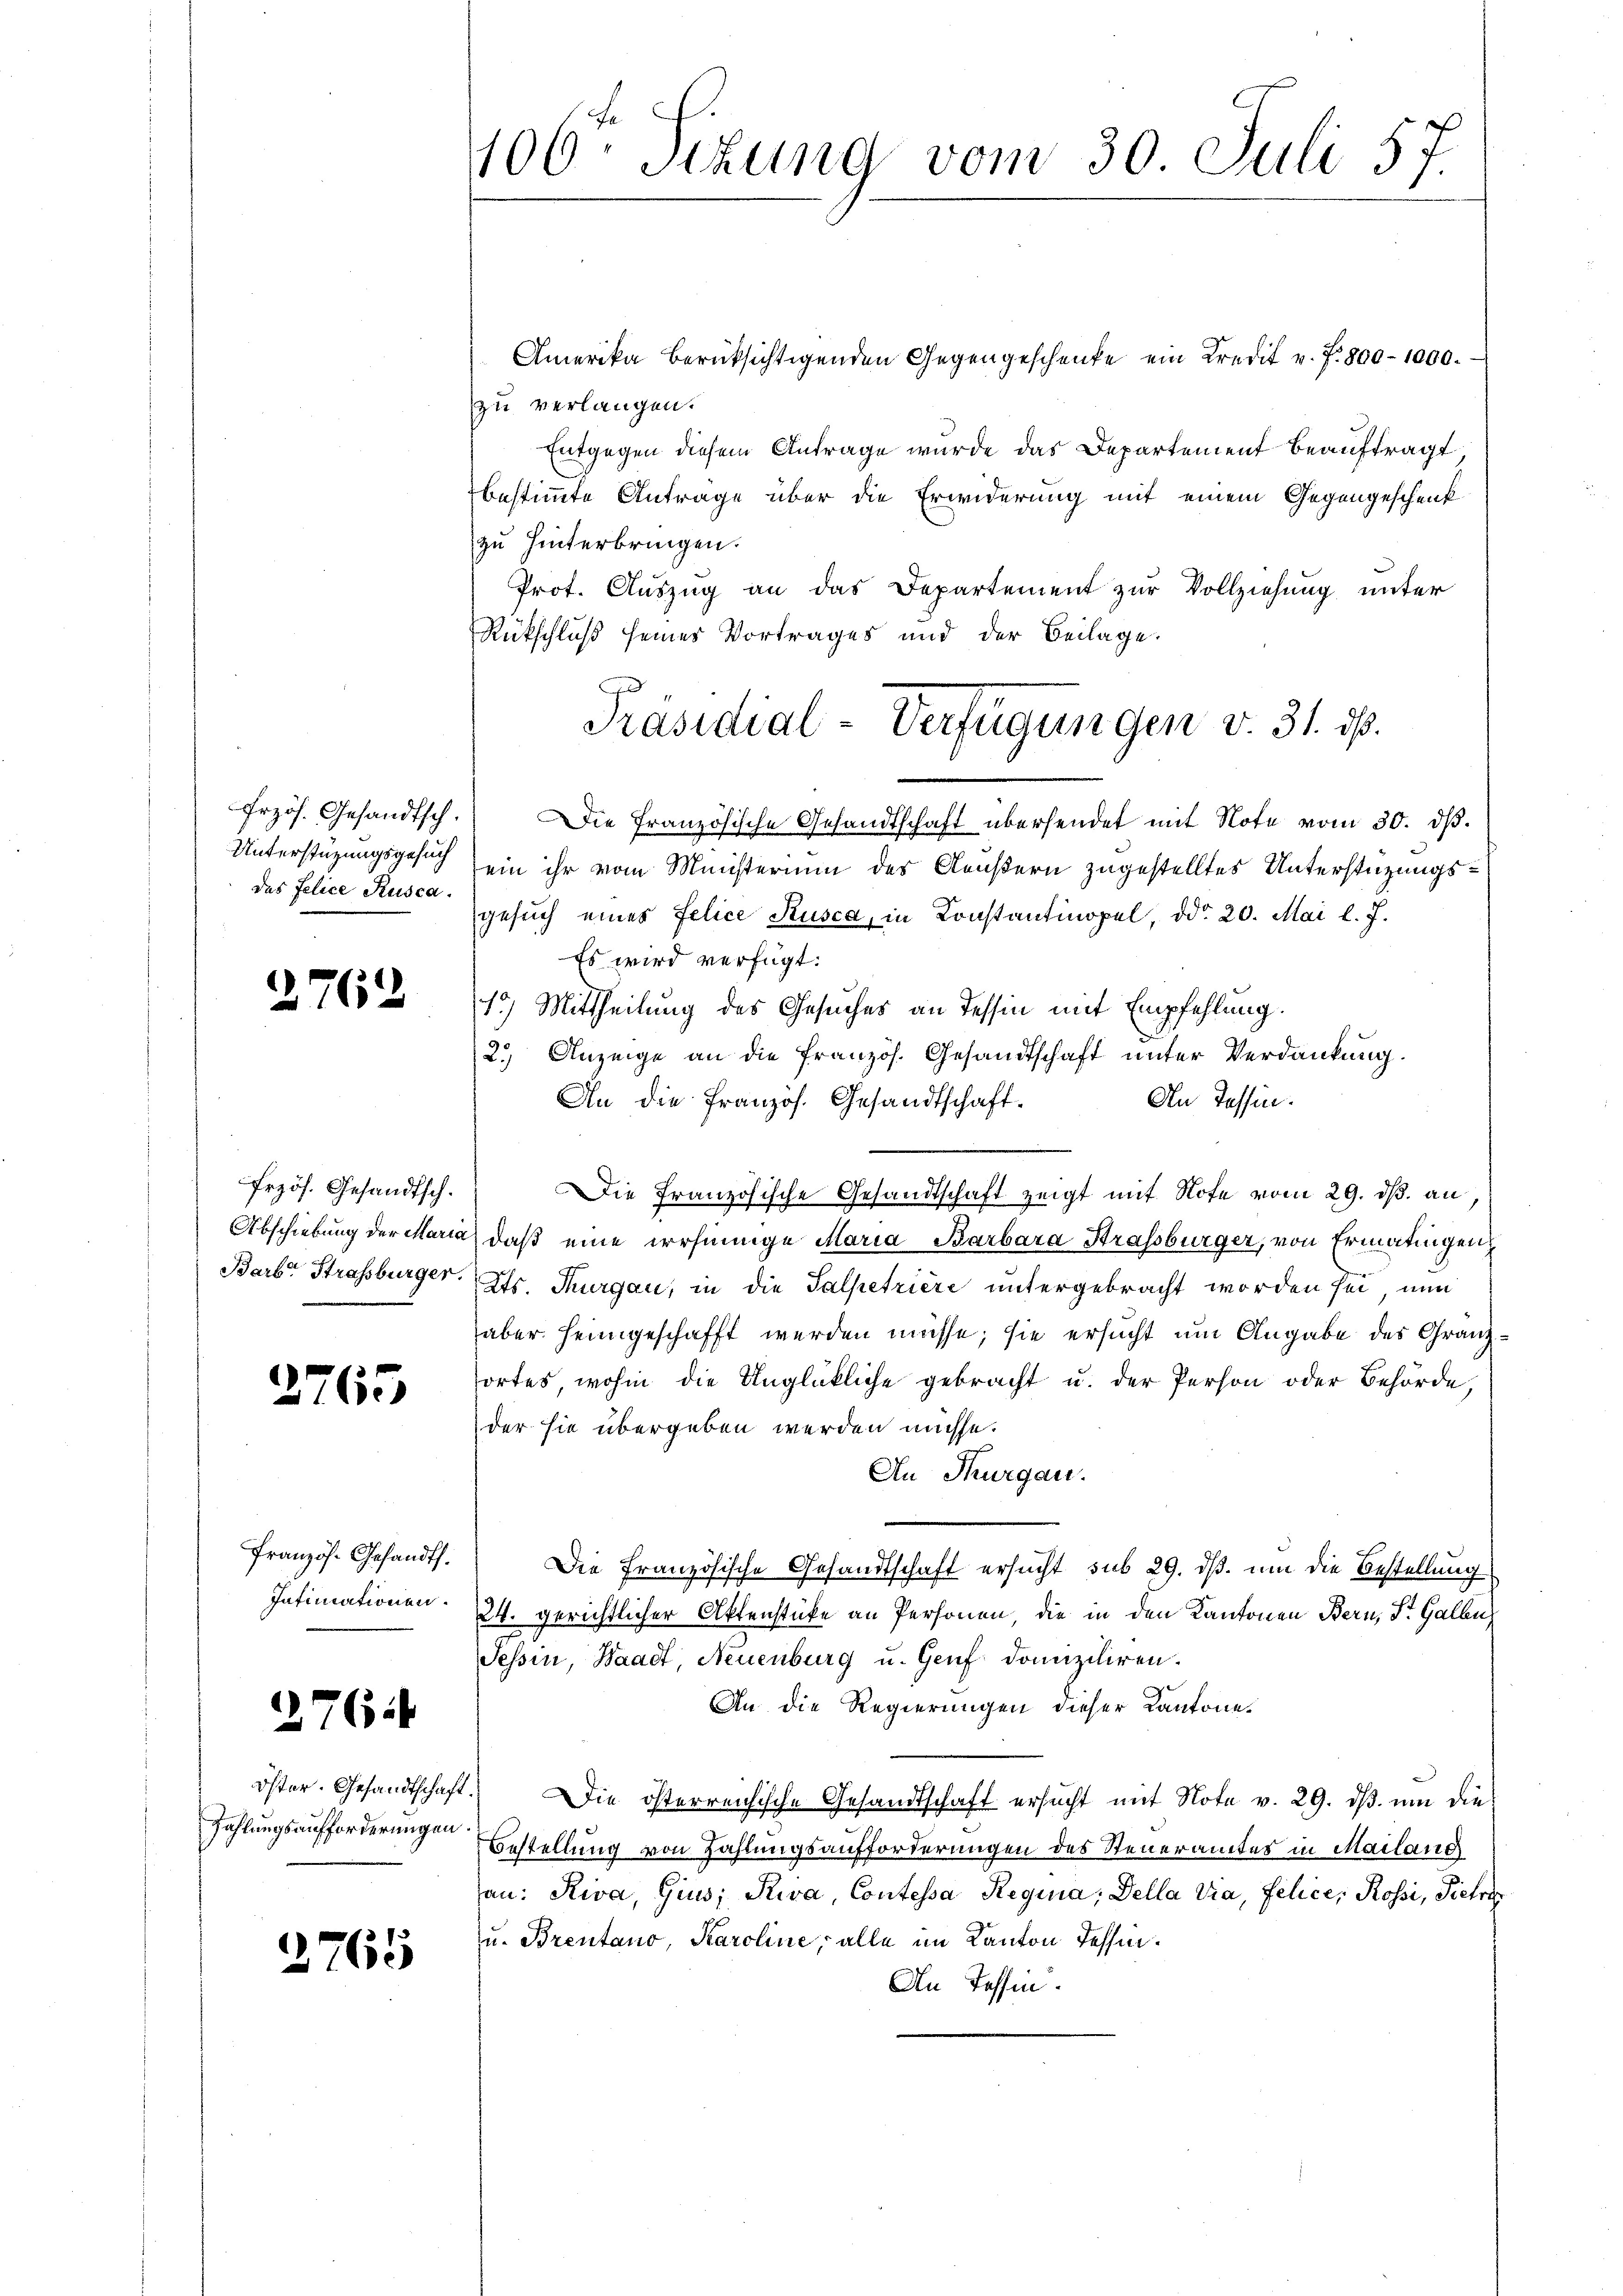
Unterstüzungsgesuch
des Felice Rusca.

2762

Przös. Gesandtsch.

2765

Französ. Gesandts.
Intimationen.

276

Zahlungsaufforderungen.

2765

106. Sizung vom 30. Juli 57.

Amerika berücksichtigenden Gegengeschenke ein Kredit v. J. 800 - 1000.
zu verlangen.
Entgegen diesem Antrage wurde das Departement beauftragt
bestimmte Anträge über die Erwiderung mit einem Gegengeschenk
zu hinterbringen.
Prot. Auszug an das Departement zur Vollziehung unter
Rückschluß seines Vortrages und der Beilage.
frzös. Gesandtsch. Die Französische Gesandtschaft übersendet mit Note vom 30. dβ.
ein ihr vom Ministerium des Aeußern zugestelltes Unterstüzungsgesuch eines Felice Kusca, in Konstantinopel, ddo 20. Mai l. J.
Es wird verfügt:
15) Mittheilung des Gesuches an Tessin mit Empfehlung.
2.) Anzeige an die französ. Gesandtschaft unter Verdankung.
An die französ. Gesandtschaft.
An Tessin.
Die Französische Gesandtschaft zeigt mit Sofe vom 29. ds. an,
Abschiebung der Maria, daß eine irrsinnige Maria Barbara Strassburger, von Ermatingen.
Barb. Strassburger. Cts. Thurgau, in die Salpetriere untergebracht worden sei, nun
aber heimgeschafft werden müsse; sie ersucht um Angabe des Gränzortes wohin die Unglückliche gebracht u. der Person oder Behörde,
der sie übergeben werden müsse.
An Thurgau.
Die Französische Gesandtschaft ersucht sub 29. dß. um die Bestellung
24. gerichtlicher Aktenstücke an Personen, die in den Kantonen Bern, St. Gallen
Tessin, Waadt, Neuenburg u. Genf domiziliren.
An die Regierungen dieser Kantone.
öster. Gesandtschaft. Die österreichische Gesandtschaft ersŭcht mit Note v. 29. dβ ŭm die
c
Bestellung von Zahlungsaufforderungen des Steueramtes in Mailand
an: Riva, Gius, Stiva, Contessa Requia; Della Via, Felice, Rossi, Pietri
u. Brentano, Karoline, alle im Kanton Tessin.
An Tessin.

Präsidial-Verfügungen v. 31. ds.